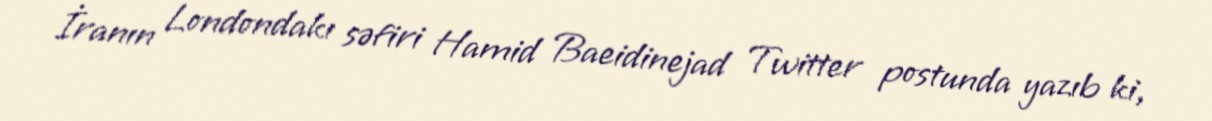
İranın Londondakı səfiri Hamid Baeidinejad Twitter postunda yazıb ki,